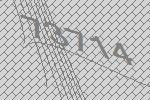
73714